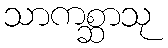
သာကစ္ဆာသု